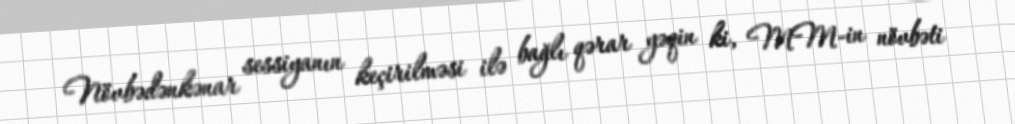
Növbədənkənar sessiyanın keçirilməsi ilə bağlı qərar yəqin ki, MM-in növbəti